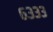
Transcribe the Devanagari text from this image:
६३३३